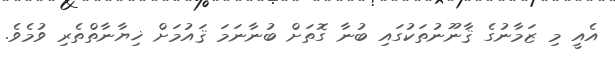
އެއީ މި ޒަމާނުގެ ޤާނޫނުތަކުގައި ބުނާ ގޮތަށް ބުނާނަމަ ޤައުމަށް ޚިޔާނާތްތެރި ވުމެވެ.